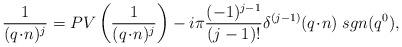
LaTeX: \begin{align*}\frac{1}{(q\!\cdot\! n)^j} = PV\left(\frac{1}{(q\!\cdot\! n)^j}\right) -i\pi \frac{(-1)^{j-1}}{(j-1)!} \delta^{(j-1)}(q\!\cdot\! n) \;sgn(q^0) ,\end{align*}